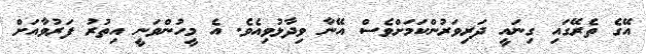
އޭގެ ތެރޭގައި ގިނައީ ދަރިވަރުންކަމަށްވެސް އޭނާ ވިދާޅުވިއެވެ. އެ މީހުންވަނީ އިތުރު ފަރުވާއަށް